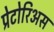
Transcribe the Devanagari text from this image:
प्रेटोरिअस